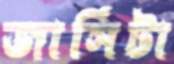
জার্সিটা